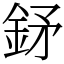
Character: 𨥨